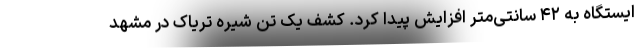
ایستگاه به ۴۲ سانتی‌متر افزایش پیدا کرد. کشف یک تن شیره تریاک در مشهد